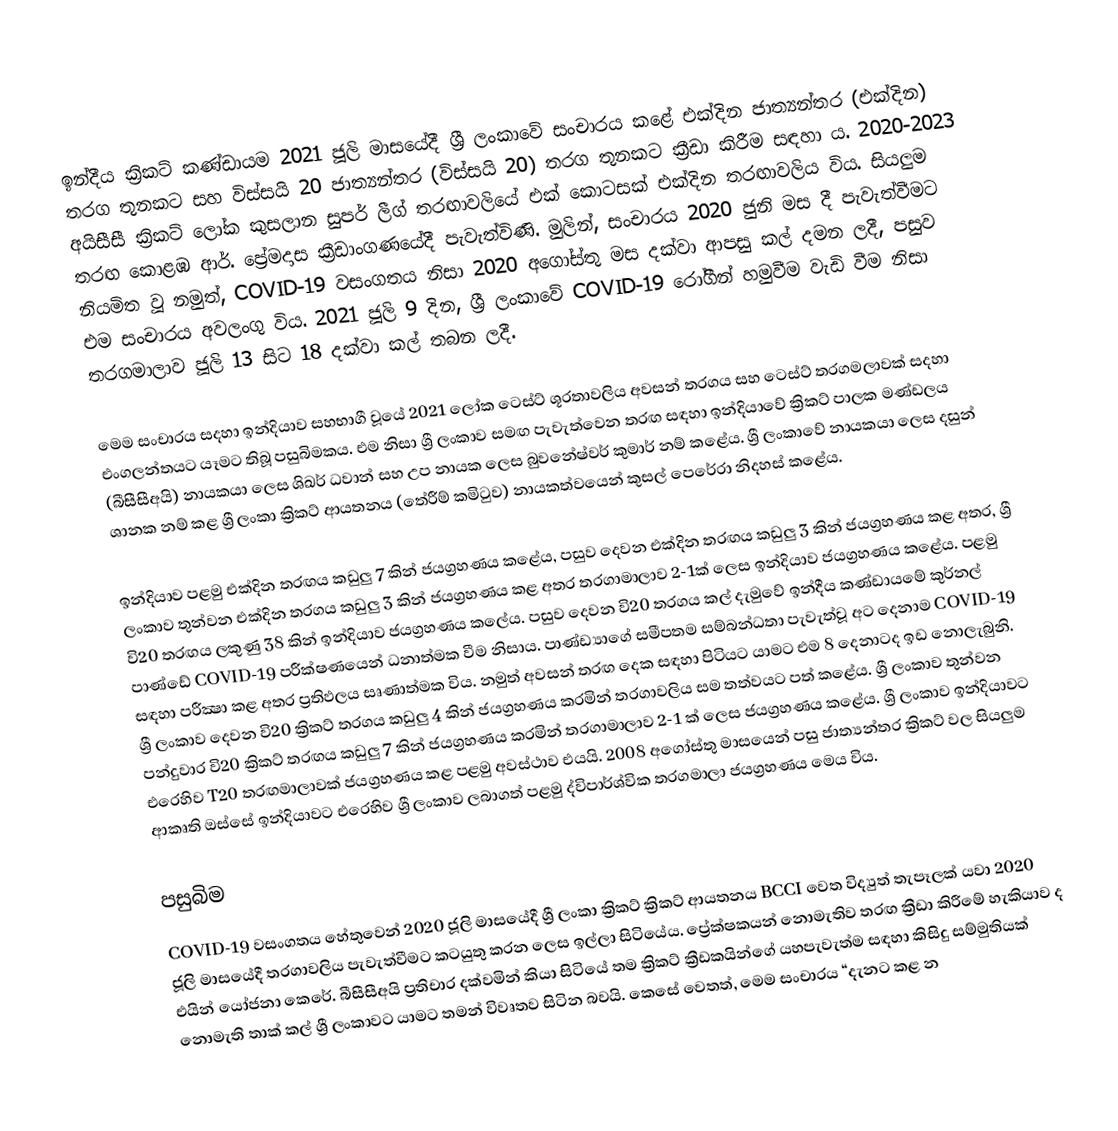
ඉන්දීය ක්‍රිකට් කණ්ඩායම 2021 ජූලි මාසයේදී ශ්‍රී ලංකාවේ සංචාරය කළේ එක්දින ජාත්‍යන්තර (එක්දින) තරග තුනකට සහ විස්සයි 20 ජාත්‍යන්තර (විස්සයි 20) තරග තුනකට ක්‍රීඩා කිරීම සඳහා ය. 2020-2023 අයිසීසී ක්‍රිකට් ලෝක කුසලාන සුපර් ලීග් තරඟාවලියේ එක් කොටසක් එක්දින තරඟාවලිය විය. සියලුම තරඟ කොළඹ ආර්. ප්‍රේමදාස ක්‍රීඩාංගණයේදී පැවැත්විණි. මුලින්, සංචාරය 2020 ජුනි මස දී පැවැත්වීමට නියමිත වූ නමුත්, COVID-19 වසංගතය නිසා 2020 අගෝස්තු මස දක්වා ආපසු කල් දමන ලදී, පසුව එම සංචාරය අවලංගු විය. 2021 ජූලි 9 දින, ශ්‍රී ලංකාවේ COVID-19 රෝගීන් හමුවීම වැඩි වීම නිසා තරගමාලාව ජූලි 13 සිට 18 දක්වා කල් තබන ලදී.

මෙම සංචාරය සදහා ඉන්දියාව සහභාගී වූයේ 2021 ලෝක ටෙස්ට් ශූරතාවලිය අවසන් තරගය සහ ටෙස්ට් තරගමලාවක් සදහා එංගලන්තයට යෑමට තිබූ පසුබිමකය. එම නිසා ශ්‍රී ලංකාව සමඟ පැවැත්වෙන තරඟ සඳහා ඉන්දියාවේ ක්‍රිකට් පාලක මණ්ඩලය (බීසීසීඅයි) නායකයා ලෙස ශිඛර් ධවාන් සහ උප නායක ලෙස බුවනේෂ්වර් කුමාර් නම් කළේය. ශ්‍රී ලංකාවේ නායකයා ලෙස දසුන් ශානක නම් කළ ශ්‍රී ලංකා ක්‍රිකට් ආයතනය (තේරීම් කමිටුව) නායකත්වයෙන් කුසල් පෙරේරා නිදහස් කළේය.

ඉන්දියාව පළමු එක්දින තරඟය කඩුලු 7 කින් ජයග්‍රහණය කළේය, පසුව දෙවන එක්දින තරඟය කඩුලු 3 කින් ජයග්‍රහණය කළ අතර,  ශ්‍රී ලංකාව තුන්වන එක්දින තරගය කඩුලු 3 කින් ජයග්‍රහණය කළ අතර තරගාමාලාව 2-1ක් ලෙස ඉන්දියාව ජයග්‍රහණය කළේය. පළමු වි20 තරඟය ලකුණු 38 කින් ඉන්දියාව ජයග්‍රහණය කලේය. පසුව දෙවන වි20 තරගය කල් දැමුවේ ඉන්දීය කණ්ඩායමේ කුර්නල් පාණ්ඩේ COVID-19 පරීක්ෂණයෙන් ධනාත්මක වීම නිසාය. පාණ්ඩ්‍යාගේ සමීපතම සම්බන්ධතා පැවැත්වූ අට දෙනාම COVID-19 සඳහා පරීක්‍ෂා කළ අතර ප්‍රතිඵලය සෘණාත්මක විය. නමුත් අවසන් තරඟ දෙක සඳහා පිටියට යාමට එම 8 දෙනාටද ඉඩ නොලැබුනි. ශ්‍රී ලංකාව දෙවන වි20 ක්‍රිකට් තරගය කඩුලු 4 කින් ජයග්‍රහණය කරමින් තරගාවලිය සම තත්වයට පත් කළේය. ශ්‍රී ලංකාව තුන්වන පන්දුවාර වි20 ක්‍රිකට් තරඟය කඩුලු 7 කින් ජයග්‍රහණය කරමින් තරගාමාලාව 2-1 ක් ලෙස ජයග්‍රහණය කළේය. ශ්‍රී ලංකාව ඉන්දියාවට එරෙහිව T20 තරඟමාලාවක් ජයග්‍රහණය කළ පළමු අවස්ථාව එයයි. 2008 අගෝස්තු මාසයෙන් පසු ජාත්‍යන්තර ක්‍රිකට් වල සියලුම ආකෘති ඔස්සේ ඉන්දියාවට එරෙහිව ශ්‍රී ලංකාව ලබාගත් පළමු ද්විපාර්ශ්වික තරගමාලා ජයග්‍රහණය මෙය විය.

පසුබිම
COVID-19 වසංගතය හේතුවෙන් 2020 ජූලි මාසයේදී ශ්‍රී ලංකා ක්‍රිකට් ක්‍රිකට් ආයතනය BCCI වෙත විද්‍යුත් තැපෑලක් යවා 2020 ජූලි මාසයේදී තරගාවලිය පැවැත්වීමට කටයුතු කරන ලෙස ඉල්ලා සිටියේය. ප්‍රේක්ෂකයන් නොමැතිව තරඟ ක්‍රීඩා කිරීමේ හැකියාව ද එයින් යෝජනා කෙරේ. බීසීසීඅයි ප්‍රතිචාර දක්වමින් කියා සිටියේ තම ක්‍රිකට් ක්‍රීඩකයින්ගේ යහපැවැත්ම සඳහා කිසිදු සම්මුතියක් නොමැති තාක් කල් ශ්‍රී ලංකාවට යාමට තමන් විවෘතව සිටින බවයි. කෙසේ වෙතත්, මෙම සංචාරය “දැනට කළ න